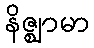
နိဇ္ဈာမာ